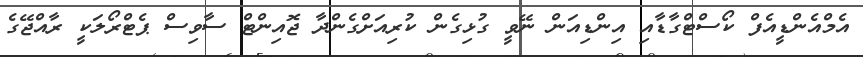
އެމްއެންޑީއެފް ކޯސްޓްގާޑާއި އިންޑިއަން ނޭވީ ގުޅިގެން ކުރިއަށްގެންދާ ޖޮއިންޓް ސާވިސް ޕެޓްރޯލަކީ ރާއްޖޭގެ